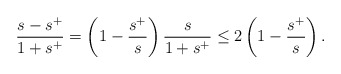
\begin{align*}\frac{s-s^+}{1+s^+} = \left(1-\frac{s^+}{s}\right) \frac{s}{1+s^+} \leq 2 \left(1-\frac{s^+}{s}\right).\end{align*}